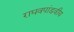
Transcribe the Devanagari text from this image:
राघवपांडवीय